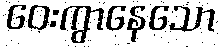
ဝေးကွာနေသော